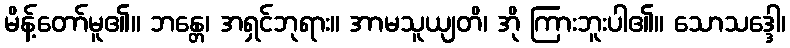
မိန့်တော်မူ၏။ ဘန္တေ၊ အရှင်ဘုရား။ အာမသူယျတိ၊ အို ကြားဘူးပါ၏။ သောသဒ္ဒေါ၊